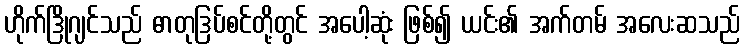
ဟိုက်ဒြိုဂျင်သည် ဓာတုဒြပ်စင်တို့တွင် အပေါ့ဆုံး ဖြစ်၍ ယင်း၏ အက်တမ် အလေးဆသည်